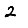
Digit: 2